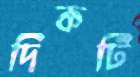
দিকটি